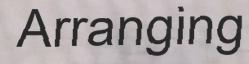
Arranging